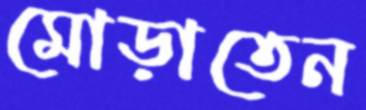
মোড়াতেন